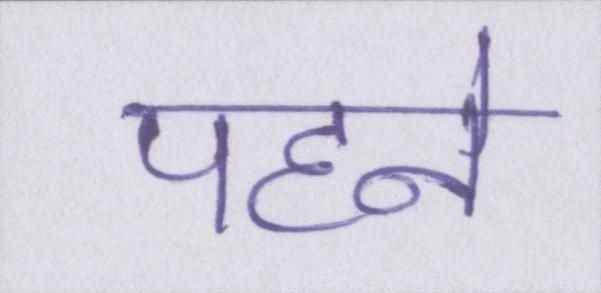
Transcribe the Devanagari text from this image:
पहने